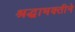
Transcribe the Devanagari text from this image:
श्रद्धाभक्तीने